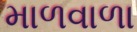
માળવાળા